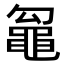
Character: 𮮢